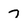
Character: 7